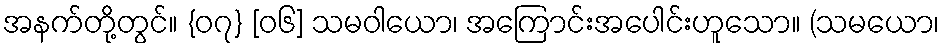
အနက်တို့တွင်။ {၀၇} [၀၆] သမဝါယော၊ အကြောင်းအပေါင်းဟူသော။ (သမယော၊